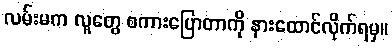
လမ်းမက လူတွေ စကားပြောတာကို နားထောင်လိုက်ရမှ။